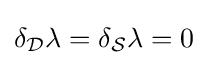
\delta _{\mathcal {D}}\lambda =\delta _{\mathcal {S}}\lambda =0